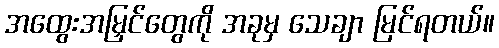
အထွေးအမြှင်တွေကို အခုမှ သေချာ မြင်ရတယ်။